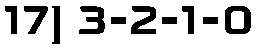
17) 3-2-1-0